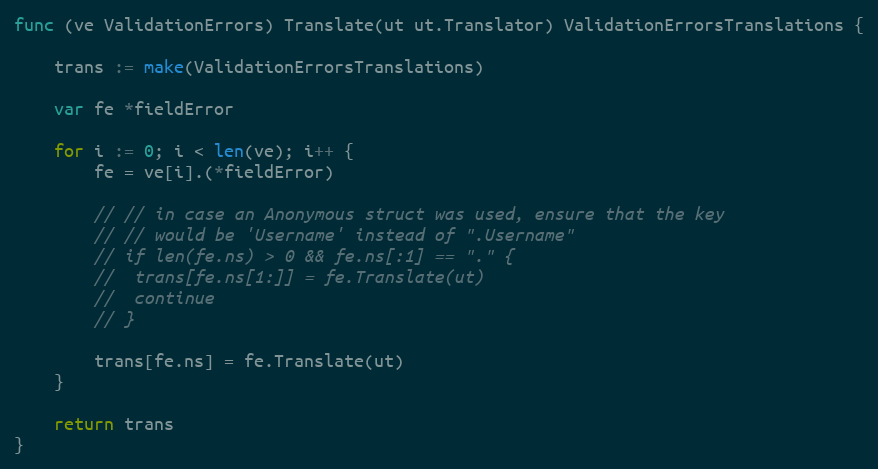
Language: Go
func (ve ValidationErrors) Translate(ut ut.Translator) ValidationErrorsTranslations {

	trans := make(ValidationErrorsTranslations)

	var fe *fieldError

	for i := 0; i < len(ve); i++ {
		fe = ve[i].(*fieldError)

		// // in case an Anonymous struct was used, ensure that the key
		// // would be 'Username' instead of ".Username"
		// if len(fe.ns) > 0 && fe.ns[:1] == "." {
		// 	trans[fe.ns[1:]] = fe.Translate(ut)
		// 	continue
		// }

		trans[fe.ns] = fe.Translate(ut)
	}

	return trans
}